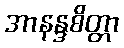
အာနန္ဒစိတ္တာ